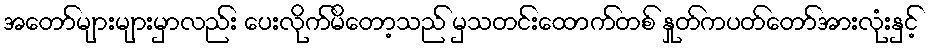
အတော်များများမှာလည်း ပေးလိုက်မိတော့သည် မှသတင်းထောက်တစ် နှုတ်ကပတ်တော်အားလုံးနှင့်